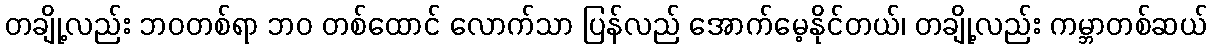
တချို့လည်း ဘဝတစ်ရာ ဘဝ တစ်ထောင် လောက်သာ ပြန်လည် အောက်မေ့နိုင်တယ်၊ တချို့လည်း ကမ္ဘာတစ်ဆယ်